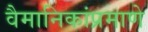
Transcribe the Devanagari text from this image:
वैमानिकांप्रमाणे